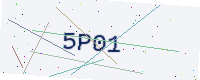
Text: 5P01